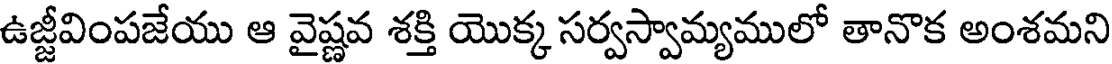
ఉజ్జీవింపజేయు ఆ వైష్ణవ శక్తి యొక్క సర్వస్వామ్యములో తానొక అంశమని